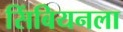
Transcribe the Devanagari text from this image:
सिंबियनला